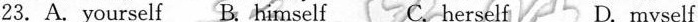
23. A. yourself B. himself C. herself D. myself